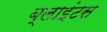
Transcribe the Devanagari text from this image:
ब्लाइंटस